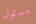
مسئول